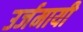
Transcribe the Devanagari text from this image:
उर्जमायी